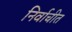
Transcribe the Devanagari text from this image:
निर्वाचीत